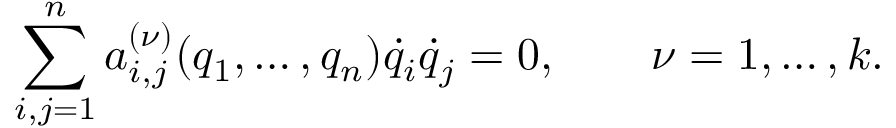
\sum _ { i , j = 1 } ^ { n } a _ { i , j } ^ { ( \nu ) } ( q _ { 1 } , \dots , q _ { n } ) { \dot { q } } _ { i } { \dot { q } } _ { j } = 0 , \qquad \nu = 1 , \dots , k .